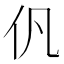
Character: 𠆩